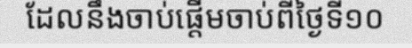
ដែលនឹងចាប់ផ្តើមចាប់ពីថ្ងៃទី១០